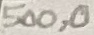
Text: 500,0